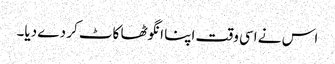
اس نے اسی وقت اپنا انگوٹھا کاٹ کر دے دیا۔